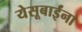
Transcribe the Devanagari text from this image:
येसूबाईंना